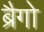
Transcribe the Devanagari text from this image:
ब्रैगो